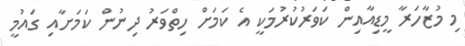
މި މުޒާހަރާ މީޑިއާއިން ކަވަރުކުރުމަކީ އެ ކަމަށް ހިތްވަރު ދިނުން ކަމަށާއި ގައުމީ